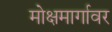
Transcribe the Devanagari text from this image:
मोक्षमार्गावर